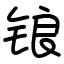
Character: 锒